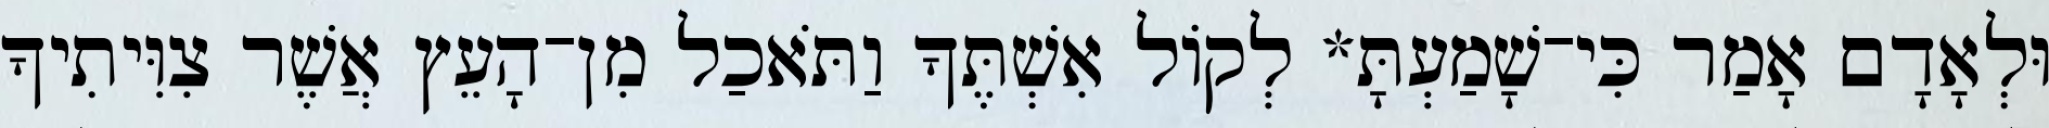
וּלְאָדָם אָמַר כִּי־שָׁמַעְתָּ* לְקֹול אִשְׁתֶּךָ וַתֹּאכַל מִן־הָעֵץ אֲשֶׁר צִוִּיתִיךָ